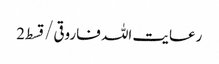
رعایت اللہ فاروقی/ قسط2